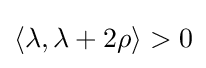
\langle \lambda ,\lambda +2\rho \rangle >0